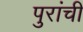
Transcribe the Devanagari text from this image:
पुरांची